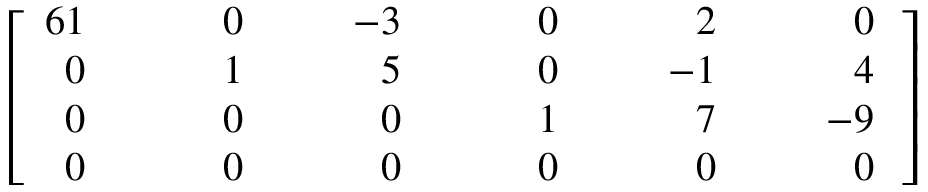
\left[ { \begin{array} { r l r l r l r l r l r } { { 6 } 1 } & { } & { 0 } & { } & { - 3 } & { } & { 0 } & { } & { 2 } & { } & { 0 } \\ { 0 } & { } & { 1 } & { } & { 5 } & { } & { 0 } & { } & { - 1 } & { } & { 4 } \\ { 0 } & { } & { 0 } & { } & { 0 } & { } & { 1 } & { } & { 7 } & { } & { - 9 } \\ { 0 } & { } & { \; \; \; \; \; 0 } & { } & { \; \; \; \; \; 0 } & { } & { \; \; \; \; \; 0 } & { } & { \; \; \; \; \; 0 } & { } & { \; \; \; \; \; 0 } \end{array} } \, \right]